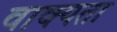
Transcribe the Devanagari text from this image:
वाक्यता